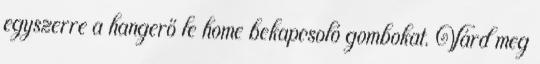
egyszerre a hangerő le home bekapcsoló gombokat. Várd meg